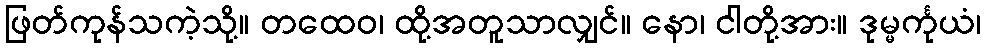
ဖြတ်ကုန်သကဲ့သို့။ တထေဝ၊ ထို့အတူသာလျှင်။ နော၊ ငါတို့အား။ ဒုမ္မင်္ကုယံ၊